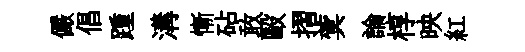
儼倡踵溝慚砧敢毆摺蓂論椁映紅